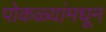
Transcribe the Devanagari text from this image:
पोकळ्यांमधून